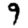
Digit: 9